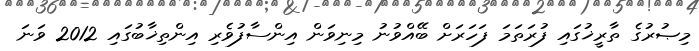
މިޞުރުގެ ތާރީޚުގައި ފުރަތަމަ ފަހަރަށް ބޭއްވުނު މިނިވަން އިންސާފުވެރި އިންތިޚާބުގައި 2012 ވަނަ